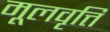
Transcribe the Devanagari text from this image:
मूलवृत्ति